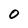
Character: 0